Annual report on the mental hospital in the Central Provinces and Berar (Nagpur) - 1927-1951
Year: 1927
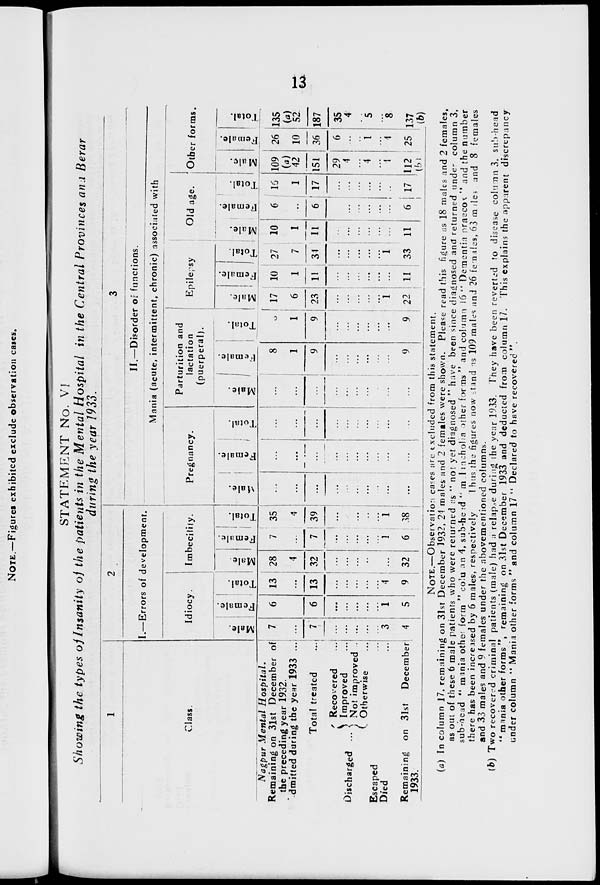
13
STATEMENT No. VI
Showing the types of Insanity of the patients in the Mental Hospital in the Central Provinces and Berar
during the year 1933.
1
Class.
Nagpur Mental
Hospital.
Remaining on 31st December of
the preceding year 1932.
Admitted during the year 1933 ...
Total treated ...
Discharged ...
Recovered ...
Improved ...
Not improved ...
Otherwise ...
Escaped ...
Died ...
Remaining on 31st
December
1933.
2
I.—Errors of development.
Idiocy.
Male.
7
...
7
...
...
...
...
...
3
4
Female.
6
...
6
...
...
...
...
...
1
5
Total.
13
...
13
...
...
...
...
...
4
9
Imbecility.
Male.
28
4
32
...
...
...
...
...
...
32
Female.
7
...
7
...
...
...
...
...
1
6
Total.
35
4
39
...
...
...
...
...
1
38
3
II.—Disorder of functions.
Mania (acute, intermittent, chronic) associated with
Pregnancy.
Male.
...
...
...
...
...
...
...
...
...
...
Female.
...
...
...
...
...
...
...
...
...
...
Total.
...
...
...
...
...
...
...
...
...
...
Parturition and
lactation
(puerperal).
Male.
...
...
...
...
...
...
...
...
...
...
Female.
8
1
9
...
...
...
...
...
...
9
Total.
8
1
9
...
...
...
...
...
...
9
Epilepsy
Male.
17
6
23
...
...
...
...
...
1
22
Female.
10
1
11
...
...
...
...
...
...
11
Total.
27
7
34
...
...
...
...
...
1
33
Old age.
Male.
10
1
11
...
...
...
...
...
...
11
Female.
6
...
6
...
...
...
...
...
...
6
Total.
16
1
17
...
...
...
...
...
...
17
Other forms.
Male.
109
(a)
42
151
29
4
...
4
...
4
112
(b)
Female.
26
10
36
6
...
...
1
...
4
25
Total.
135
(a)
52
187
35
4
...
5
...
8
137
(b)
NOTE.—Observation cases are excluded from this statement.
(a) In column 17, remaining on 31st December 1932, 24 males and 2 females were shown. Please read this figure as 18 males and 2 females,
as out of these 6 male patients who were returned as "not yet diagnosed" have been since diagnosed and returned under column 3,
sub-head "mania other form" column 4, sub-head "melancholia other forms" and column 16 "Dementia praecox" and the number
there has been increased by 6 males, respectively Thus the figures now stand as 109 males and 26 females, 63 males and 8 females
and 33 males and 9 females under the abovementioned columns.
(b) Two recovered criminal patients (male) had a relapse during the year 1933. They have been reverted to disease column 3, sub-head
"mania other forms", remaining on 31st December 1933 and deducted from column 17. This explains the apparent discrepancy
under column "Mania other forms" and column 17 "Declared to have recovered".